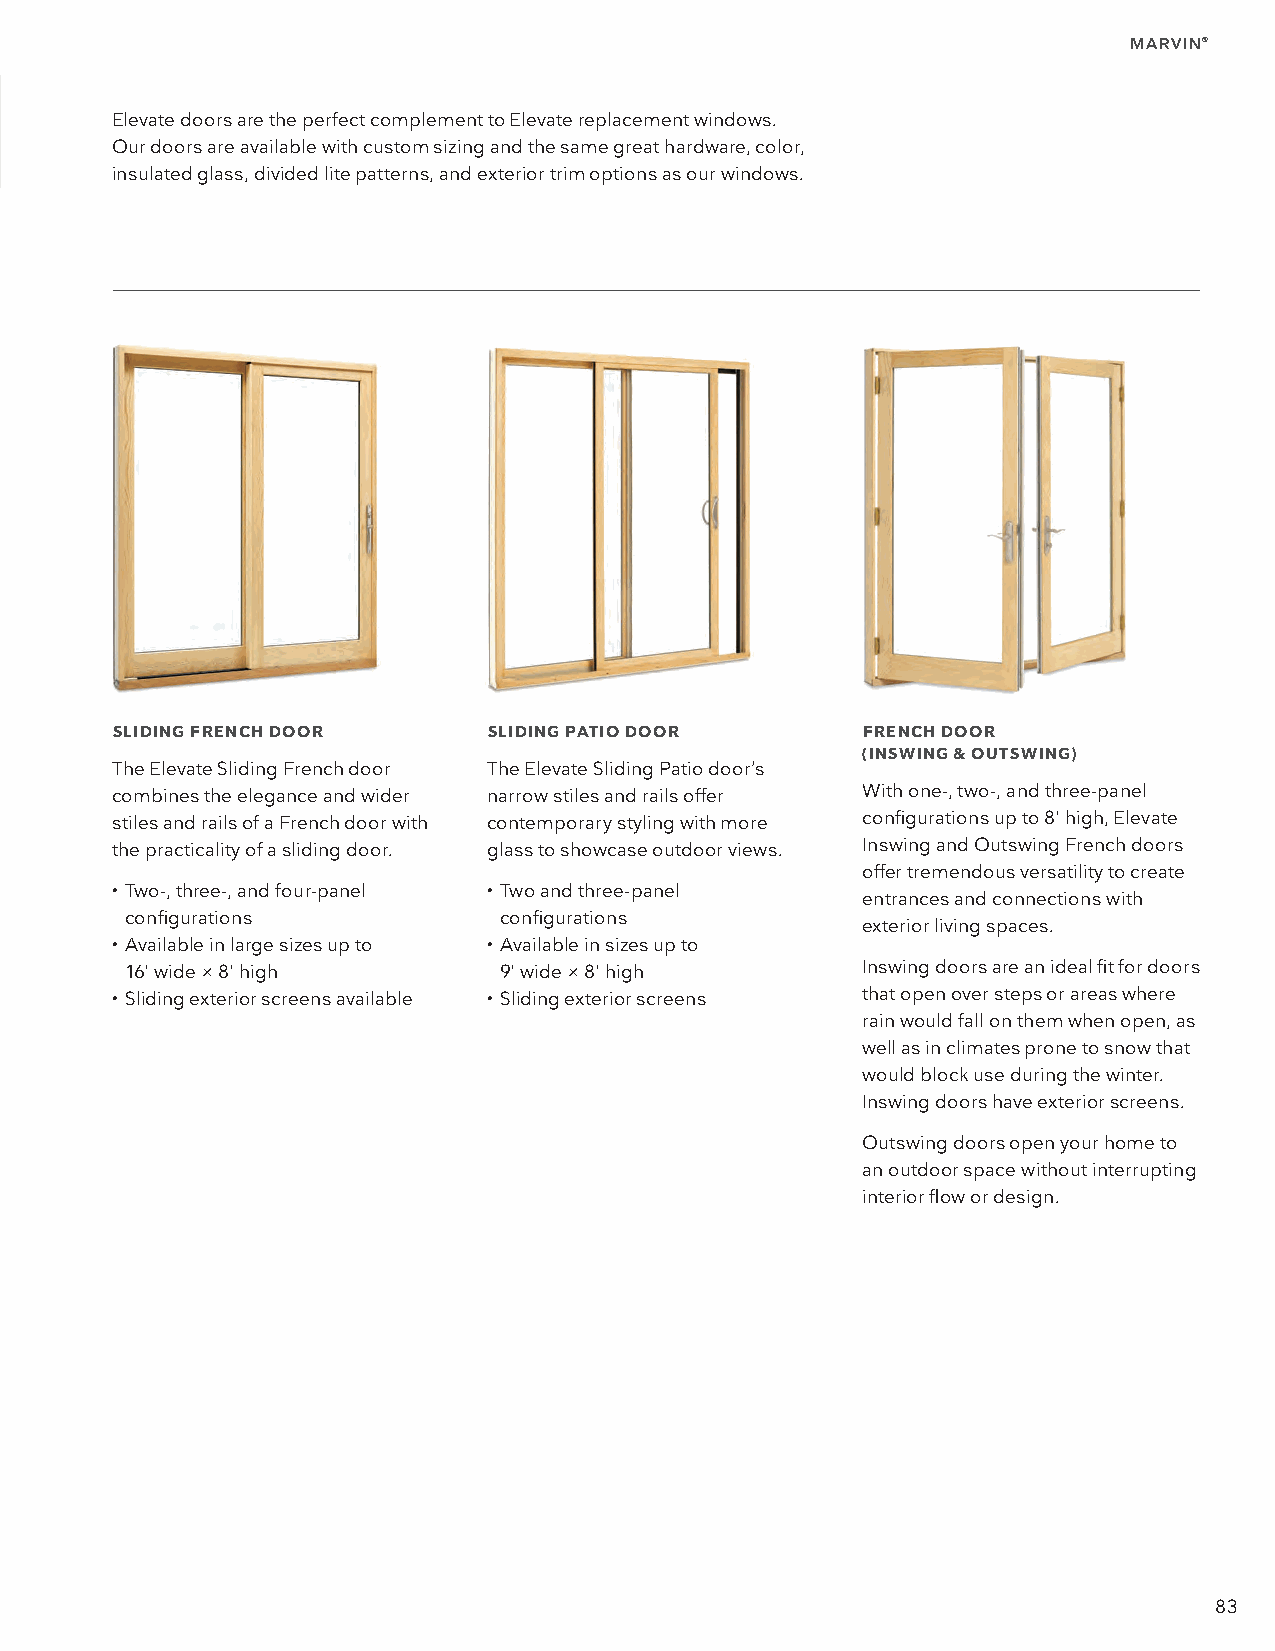
MARVIN®
 Elevate doors are the perfect complement to Elevate replacement windows.
 Our doors are available with custom sizing and the same great hardware, color,
 insulated glass, divided lite patterns, and exterior trim options as our windows.
 SLIDING FRENCH DOOR      SLIDING PATIO DOOR       FRENCH DOOR
 (INSWING & OUTSWING)
 The Elevate Sliding French door The Elevate Sliding Patio door’s
 combines the elegance and wider narrow stiles and rails offer With one-, two-, and three-panel
 stiles and rails of a French door with contemporary styling with more configurations up to 8' high, Elevate
 the practicality of a sliding door. glass to showcase outdoor views. Inswing and Outswing French doors
 offer tremendous versatility to create
 • T wo-, three-, and four-panel • T wo and three-panel entrances and connections with
 configurations           configurations
 exterior living spaces.
 • A vailable in large sizes up to • A vailable in sizes up to
 16' wide × 8' high       9' wide × 8' high       Inswing doors are an ideal fit for doors
 • Sliding exterior screens available • S liding exterior screens that open over steps or areas where
 rain would fall on them when open, as
 well as in climates prone to snow that
 would block use during the winter.
 Inswing doors have exterior screens.
 Outswing doors open your home to
 an outdoor space without interrupting
 interior flow or design.
 83